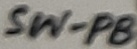
Text: SW-PB